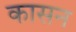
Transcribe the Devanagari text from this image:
कासन